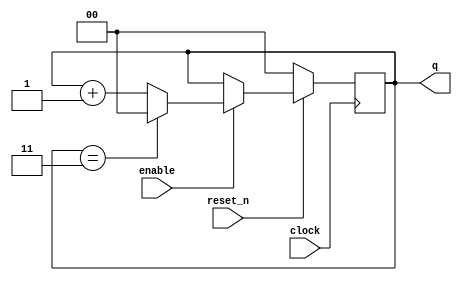
module counter(clock,reset_n,enable,q);
	input clock,reset_n,enable;
	output reg [1:0] q;
	
	always @(posedge clock)
	begin
		if(reset_n == 1'b0)
			q <= 2'b00;
		else if(enable == 1'b1)
		begin
		  if(q == 2'b11)
			  q <= 2'b00;
		  else
			  q <= q + 1'b1;
		end
   end
endmodule

module counter_1(clock,reset_n,enable,q);
	input clock,reset_n,enable;
	output reg [3:0] q;
	
	always @(posedge clock)
	begin
		if(reset_n == 1'b0)
			q <= 4'd00;
		else if(enable == 1'b1)
		begin
		  if(q == 4'd15)
			  q <= 4'd0;
		  else
			  q <= q + 1'b1;
		end
   end
endmodule


module rate_counter(clock,reset_n,enable,q);
		input clock;
		input reset_n;
		input enable;
		output reg [1:0] q;
		
		always @(posedge clock)
		begin
			if(reset_n == 1'b0)
				q <= 2'b11;
			else if(enable ==1'b1)
			begin
			   if ( q == 2'b00 )
					q <= 2'b11;
				else
					q <= q - 1'b1;
			end
		end
endmodule	




module y_counter(clock,reset_n,enable,signal_1,signal_2,q);
	input clock,enable,reset_n;
	input signal_1,signal_2;
	output reg[7:0] q;
	
	always@(negedge clock)
	begin
		if(reset_n == 1'b0)
			q <= 8'd60;
		else if(enable == 1'b1)
		begin
			if((signal_1 == 1) & (signal_2 == 0))
			begin
				if(q == 8'd0)
			    q <= q ;
			   else
				 q <= q + 1'b1;
		   end
			else if((signal_1 == 0) & (signal_2 == 1))
			begin
			   if(q == 8'd119)
				 q <= q;
				else
				 q <= q - 1'b1;
			end
			else if((signal_1 == 1) & (signal_2 == 1))
			    q <= q;
	end		
	end

endmodule





module datapath1(x,y,colour,ld_c,clock,reset_n,enable,X,Y,Colour);
	input reset_n,enable,clock,ld_c;
	input [7:0] x,y;
	input [2:0] colour;
	output[7:0] X;
	output [7:0] Y;
	output [2:0] Colour;
	reg [7:0] x1,y1,co1;
	
	wire [1:0] c1,c2,c3;
	
	always @ (posedge clock) begin
        if (!reset_n) begin
            x1 <= 7'b0; 
            y1 <= 7'b0;
				co1 <= 3'b0;
        end
        else begin
                x1 <= x ;
                y1 <= y;
					 if(ld_c == 1)
					 co1 <= colour;
        end
    end
	counter m1(clock,reset_n,enable,c1);
	rate_counter m2(clock,reset_n,enable,c2);
	assign enable_1 = (c2==  2'b00) ? 1 : 0;
	counter m3(clock,reset_n,enable_1,c3);
	assign X = x1 + c1;
	assign Y = y1 + c3;
	assign Colour = co1;
endmodule

module datapath(enable,signal_1,signal_2,clock,ld_c,colour,reset_n,X,Y,colour_out);
	input enable,clock,reset_n,ld_c;
	input signal_1,signal_2;
	input [2:0] colour;
	output[7:0] X,Y;
	output[2:0] colour_out;
	
	wire[3:0] c1;
	wire[7:0] y_in;
	wire[2:0] colour_1;
	
	
   counter_1 m1(clock,reset_n,enable,c1);
	assign enable_1 = (c1==  4'd15) ? 1 : 0;
	y_counter m2(enable_1,reset_n,enable,signal_1,signal_2,y_in);
	assign colour_1 = (c1==  4'd15) ? 3'b000 : colour;
	datapath1 m3(8'd10,y_in,colour_1,ld_c,clock,reset_n,enable,X,Y,colour_out);
endmodule

module control(clock,reset_n,go_up,go_down,enable,ld_c,signal);
	input clock,reset_n,go_up,go_down;
	output reg enable,ld_c,signal;	
	
	reg [3:0] current_state, next_state;
	
	localparam  S_LOAD_SIGNAL       = 4'd0,
                S_LOAD_SIGNAL_WAIT   = 4'd1,
					 S_MOVE_UP = 4'd2,
					 S_MOVE_DOWN = 4'd3;
	
	always@(*)
      begin: state_table 
            case (current_state)
                S_LOAD_SIGNAL: next_state = (go_up | go_down) ? S_LOAD_SIGNAL_WAIT : S_LOAD_SIGNAL; 
                S_LOAD_SIGNAL_WAIT: next_state = go_up ? S_MOVE_DOWN : S_MOVE_UP;  
                S_MOVE_UP: next_state = S_LOAD_SIGNAL; 
            default:     next_state = S_LOAD_SIGNAL;
        endcase
      end 
   
	always@(*)
      begin: enable_signals
        // By default make all our signals 0
        ld_c = 1'b0;
		  enable = 1'b0;
		  signal = 1'b0;
		  
		  case(current_state)
				S_MOVE_UP:begin
				   ld_c = 1'b1;
					enable = 1'b1;
					signal = 1'b1;
					end
		      S_MOVE_DOWN:begin
					ld_c = 1'b1;
					enable = 1'b1;
					signal = 1'b0;
					end
		  endcase
    end
	 
	 always@(posedge clock)
      begin: state_FFs
        if(!reset_n)
            current_state <= S_LOAD_SIGNAL;
        else
            current_state <= next_state;
      end 
endmodule